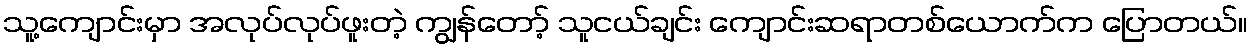
သူ့ကျောင်းမှာ အလုပ်လုပ်ဖူးတဲ့ ကျွန်တော့် သူငယ်ချင်း ကျောင်းဆရာတစ်ယောက်က ပြောတယ်။